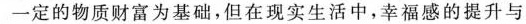
一定的物质财富为基础，但在现实生活中，幸福感的提升与